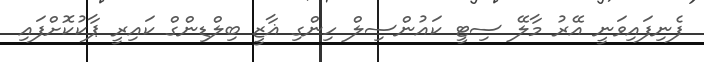
ފެނިފައިވަނީ އޭރު މާލޭ ސިޓީ ކައުންސިލް ހިންގި ޣާޒީ ބިލްޑިންގް ކައިރީ ޕާކުކޮށްފައި